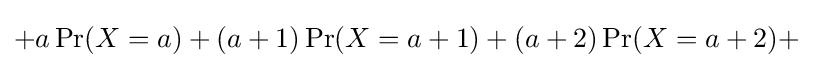
+a\operatorname {Pr} (X=a)+(a+1)\operatorname {Pr} (X=a+1)+(a+2)\operatorname {Pr} (X=a+2)+